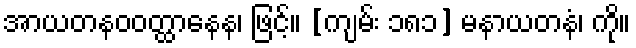
အာယတနဝဝတ္ထာနေန၊ ဖြင့်။ [ကျမ်း ၁၈၁] မနာယတနံ၊ ကို။